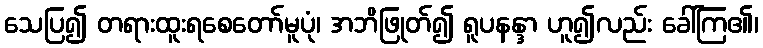
သေပြ၍ တရားထူးရစေတော်မူပုံ၊ အဘိဖြုတ်၍ ရူပနန္ဒာ ဟူ၍လည်း ခေါ်ကြ၏၊